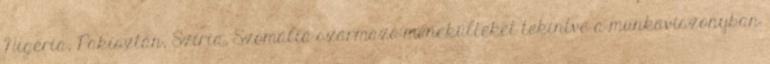
Nigéria, Pakisztán, Szíria, Szomália származó menekülteket tekintve a munkaviszonyban